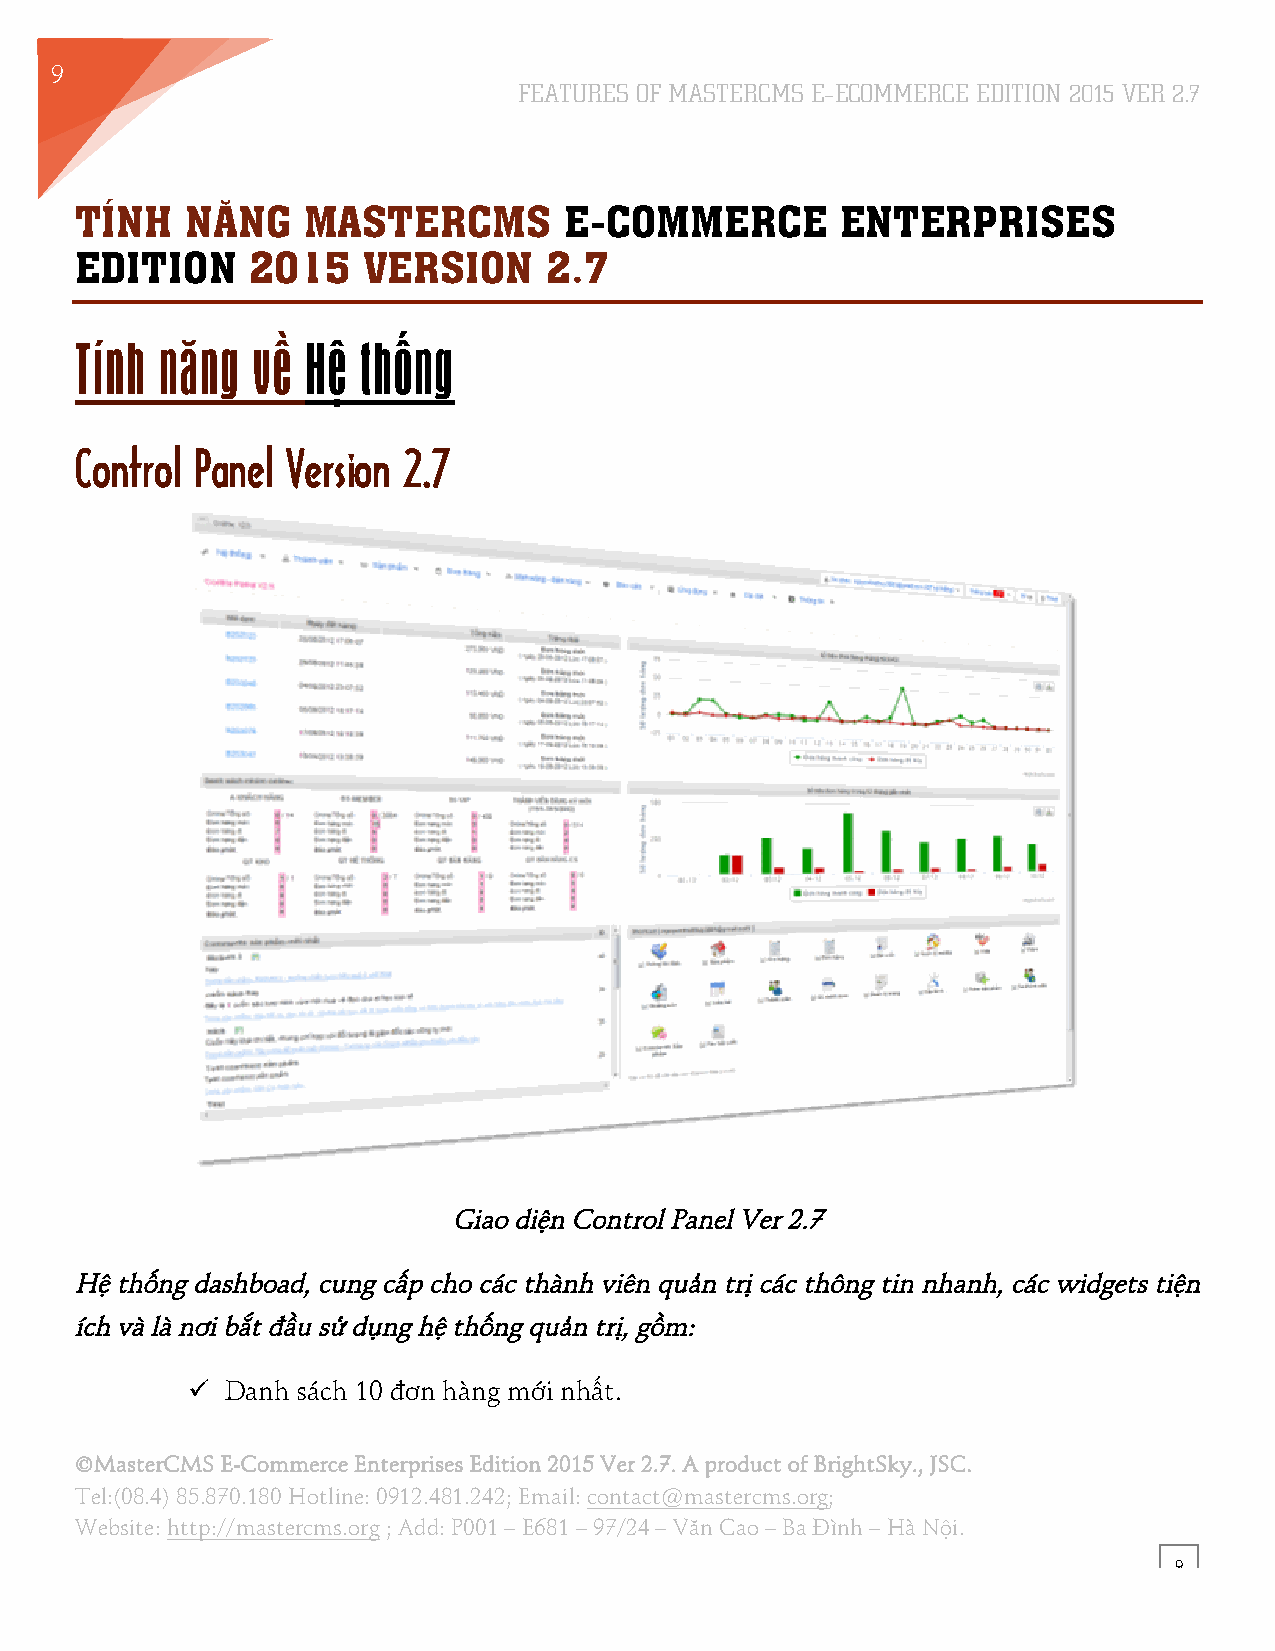
9
 FEATURES OF MASTERCMS E–ECOMMERCE EDITION 2015 VER 2.7
 TÍNH   NĂNG    MASTERCMS        E-COMMERCE         ENTERPRISES
 EDITION     2015   VERSION     2.7
 Tính  năng  về Hệ  thống
 Control Panel Version 2.7
 Giao diện Control Panel Ver 2.7
 Hệ thống dashboad, cung cấp cho các thành viên quản trị các thông tin nhanh, các widgets tiện
 ích và là nơi bắt đầu sử dụng hệ thống quản trị, gồm:
 !! Danh sách 10 đơn hàng mới nhất.
 ©MasterCMS E-Commerce Enterprises Edition 2015 Ver 2.7. A product of BrightSky., JSC.
 Tel:(08.4) 85.870.180 Hotline: 0912.481.242; Email: contact@mastercms.org;
 Website: http://mastercms.org ; Add: P001 – E681 – 97/24 – Văn Cao – Ba Đình – Hà Nội.
 9